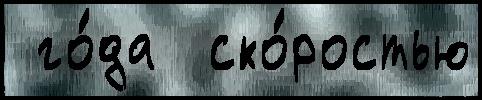
 го́да  ско́ростью